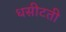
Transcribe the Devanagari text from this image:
धसीटती